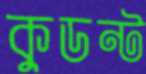
কুডন্ট